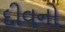
દીવનો